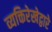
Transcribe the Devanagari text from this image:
व्यक्तिरेखेद्वारे